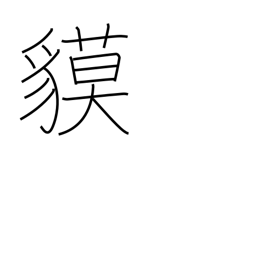
Meaning: tapir